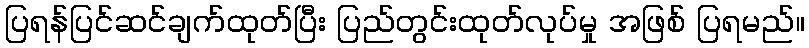
ပြရန်ပြင်ဆင်ချက်ထုတ်ပြီး ပြည်တွင်းထုတ်လုပ်မှု အဖြစ် ပြရမည်။